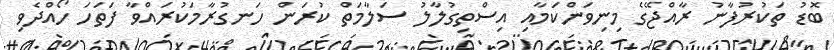
ބޮޑު ތަކުރުފާނު ރާއްޖޭގެ މިނިވަންކަމާއި އިސްތިގުލާލު ސަލާމަތް ކުރަން ހަނގުރާމަކުރައްވާ ފަތަހަ ހޯއްދެވި